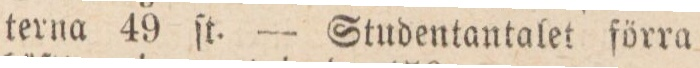
terna 49 ſt. — Studentantalet förra